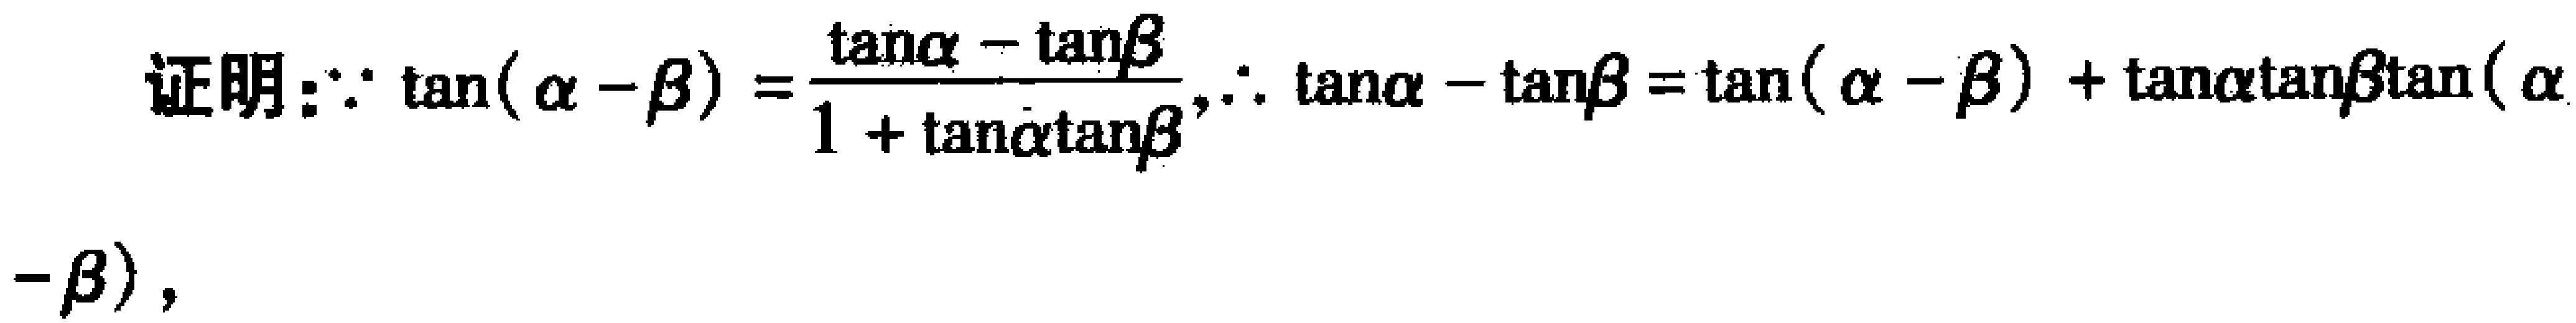
证明：\(\because \tan(\alpha - \beta)=\frac{\tan\alpha - \tan\beta}{1 + \tan\alpha\tan\beta},\therefore \tan\alpha - \tan\beta=\tan(\alpha - \beta)+\tan\alpha\tan\beta\tan(\alpha - \beta)\)